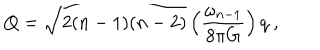
Q = \sqrt { 2 ( n - 1 ) ( n - 2 ) } \left( { \frac { \omega _ { n - 1 } } { 8 \pi G } } \right) q \ ,